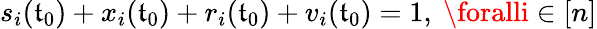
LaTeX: s_{i}(\mathfrak{t}_{0})+x_{i}(\mathfrak{t}_{0})+r_{i}(\mathfrak{t}_{0})+v_{i}(\mathfrak{t}_{0})=1,~\foralli\in[n]